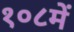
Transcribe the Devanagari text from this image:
१०८में